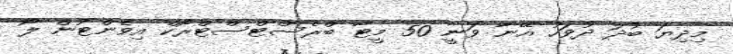
މިދިޔަ ބުދަ ދުވަހު އޭނާ ވަނީ 50 މީޓާ ބްރެސްޓްސްޓްރޯކް އިވެންޓުން ލޯ